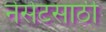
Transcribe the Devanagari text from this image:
नेसेटसाठी